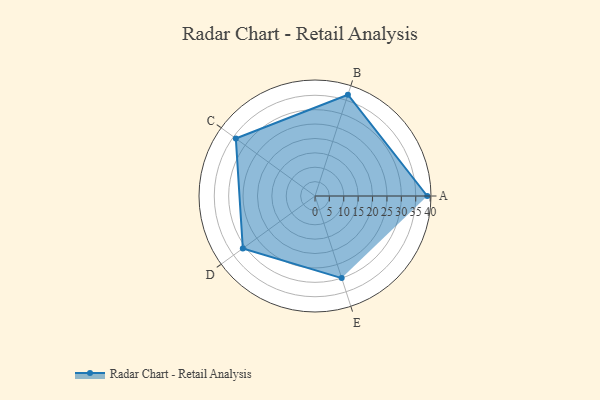
{"axis": {"x": "Skill", "y": "Score"}, "legend": ["Profile"], "data": [{"x": "A", "y": 39.0, "type": "Profile"}, {"x": "B", "y": 37.0, "type": "Profile"}, {"x": "C", "y": 34.0, "type": "Profile"}, {"x": "D", "y": 31.0, "type": "Profile"}, {"x": "E", "y": 30.0, "type": "Profile"}]}